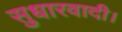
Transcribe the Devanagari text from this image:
सुधारवादी।